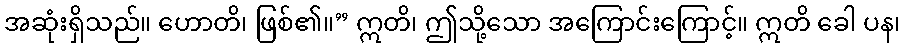
အဆုံးရှိသည်။ ဟောတိ၊ ဖြစ်၏။” ဣတိ၊ ဤသို့သော အကြောင်းကြောင့်။ ဣတိ ခေါ ပန၊